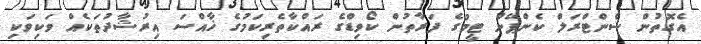
އެގޮތުން ސެންޓްރަލް ކެންޕޭން ޓީމުގެ ފަރާތުން ކޯވިޑްގެ ރައްކާތެރިކަމުގެ ޚާއްސަ އިރުޝާދުތަކެއް ވަކިވަކި